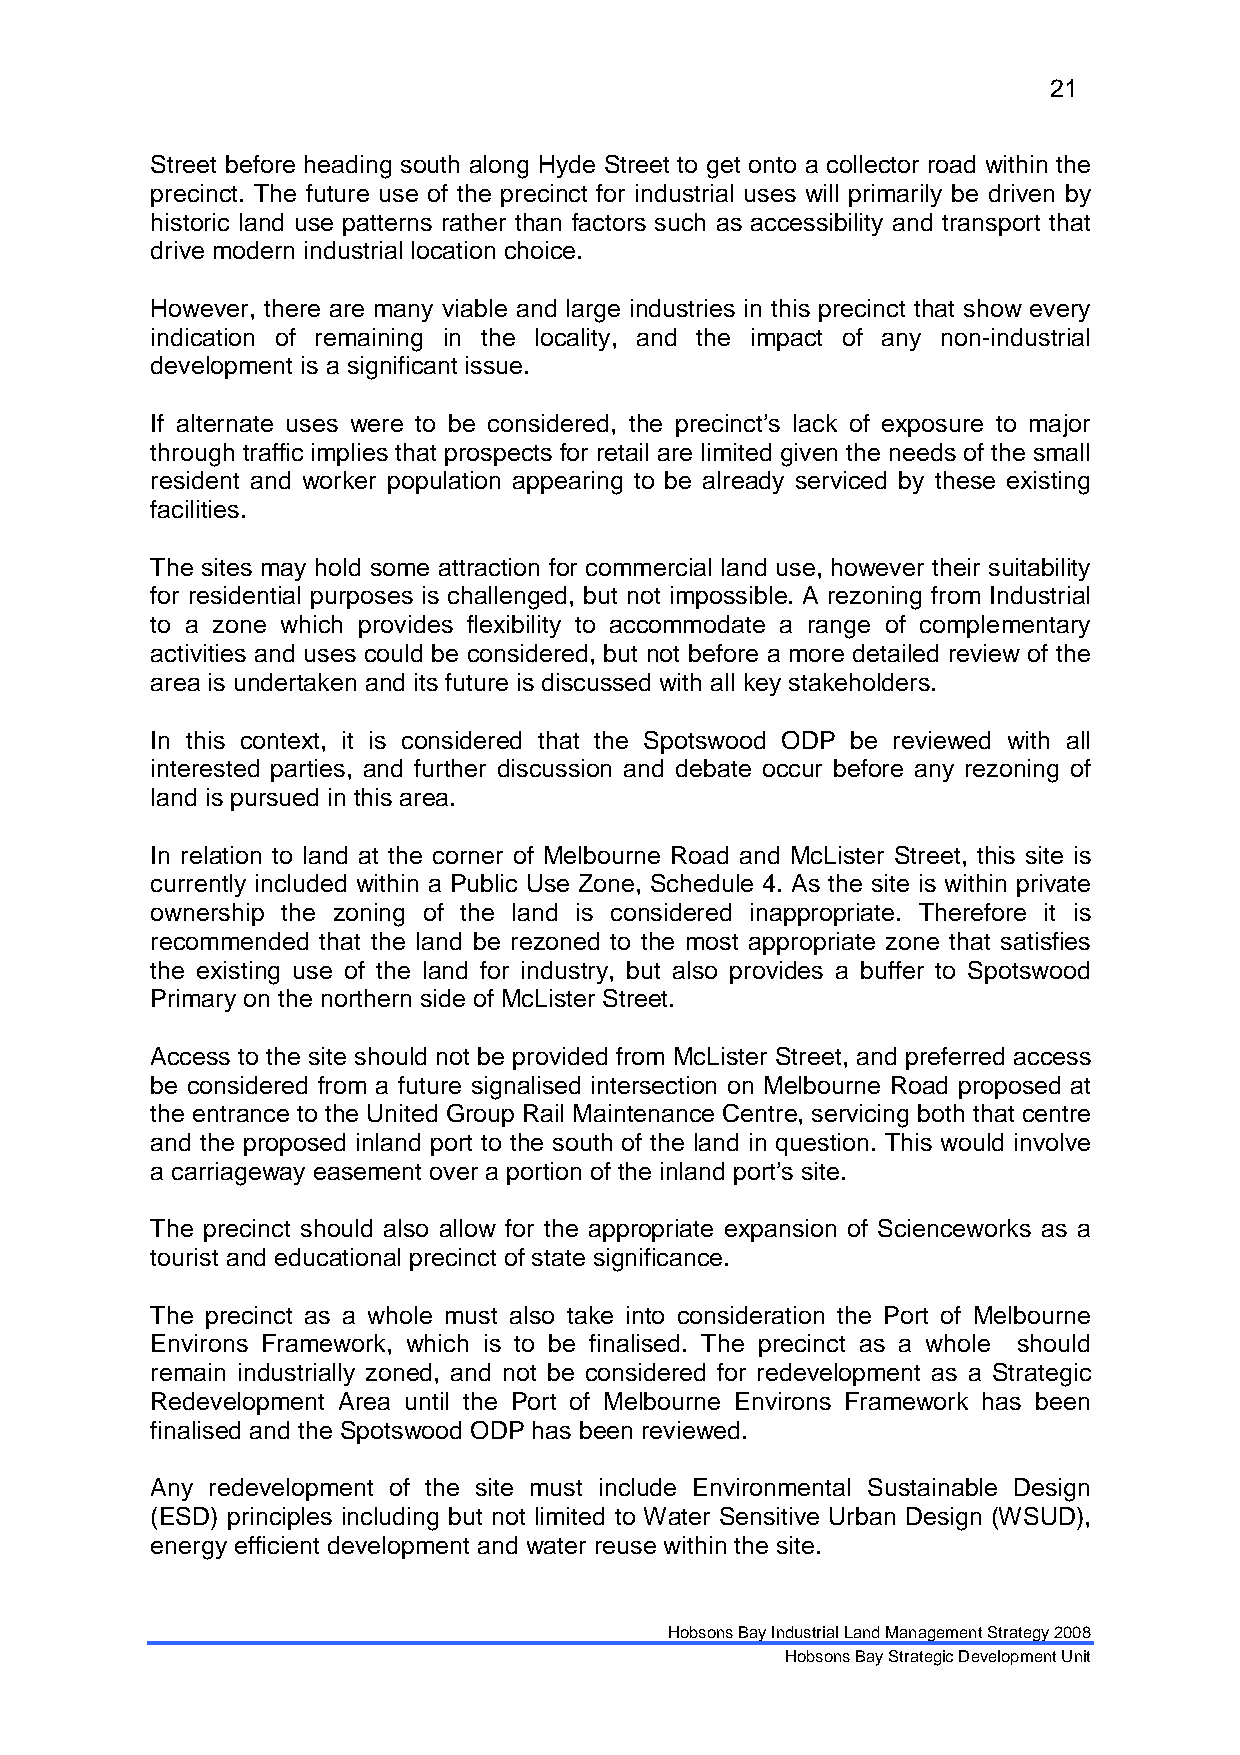
21
 Street before heading south along Hyde Street to get onto a collector road within the
 precinct. The future use of the precinct for industrial uses will primarily be driven by
 historic land use patterns rather than factors such as accessibility and transport that
 drive modern industrial location choice.
 However, there are many viable and large industries in this precinct that show every
 indication of remaining in the locality, and the impact of any non-industrial
 development is a significant issue.
 If alternate uses were to be considered, the precinct’s lack of exposure to major
 through traffic implies that prospects for retail are limited given the needs of the small
 resident and worker population appearing to be already serviced by these existing
 facilities.
 The sites may hold some attraction for commercial land use, however their suitability
 for residential purposes is challenged, but not impossible. A rezoning from Industrial
 to a zone which provides flexibility to accommodate a range of complementary
 activities and uses could be considered, but not before a more detailed review of the
 area is undertaken and its future is discussed with all key stakeholders.
 In this context, it is considered that the Spotswood ODP be reviewed with all
 interested parties, and further discussion and debate occur before any rezoning of
 land is pursued in this area.
 In relation to land at the corner of Melbourne Road and McLister Street, this site is
 currently included within a Public Use Zone, Schedule 4. As the site is within private
 ownership the zoning of the land is considered inappropriate. Therefore it is
 recommended that the land be rezoned to the most appropriate zone that satisfies
 the existing use of the land for industry, but also provides a buffer to Spotswood
 Primary on the northern side of McLister Street.
 Access to the site should not be provided from McLister Street, and preferred access
 be considered from a future signalised intersection on Melbourne Road proposed at
 the entrance to the United Group Rail Maintenance Centre, servicing both that centre
 and the proposed inland port to the south of the land in question. This would involve
 a carriageway easement over a portion of the inland port’s site.
 The precinct should also allow for the appropriate expansion of Scienceworks as a
 tourist and educational precinct of state significance.
 The precinct as a whole must also take into consideration the Port of Melbourne
 Environs Framework, which is to be finalised. The precinct as a whole should
 remain industrially zoned, and not be considered for redevelopment as a Strategic
 Redevelopment Area until the Port of Melbourne Environs Framework has been
 finalised and the Spotswood ODP has been reviewed.
 Any redevelopment of the site must include Environmental Sustainable Design
 (ESD) principles including but not limited to Water Sensitive Urban Design (WSUD),
 energy efficient development and water reuse within the site.
 Hobsons Bay Industrial Land Management Strategy 2008
 Hobsons Bay Strategic Development Unit